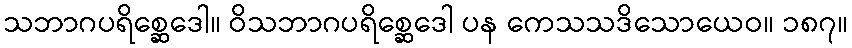
သဘာဂပရိစ္ဆေဒေါ။ ဝိသဘာဂပရိစ္ဆေဒေါ ပန ကေသသဒိသောယေဝ။ ၁၈၇။